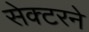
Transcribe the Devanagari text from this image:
सेक्टरने